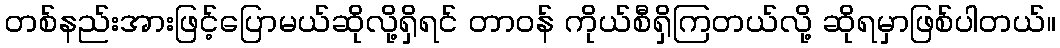
တစ်နည်းအားဖြင့်ပြောမယ်ဆိုလို့ရှိရင် တာဝန် ကိုယ်စီရှိကြတယ်လို့ ဆိုရမှာဖြစ်ပါတယ်။